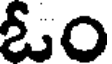
ఓం